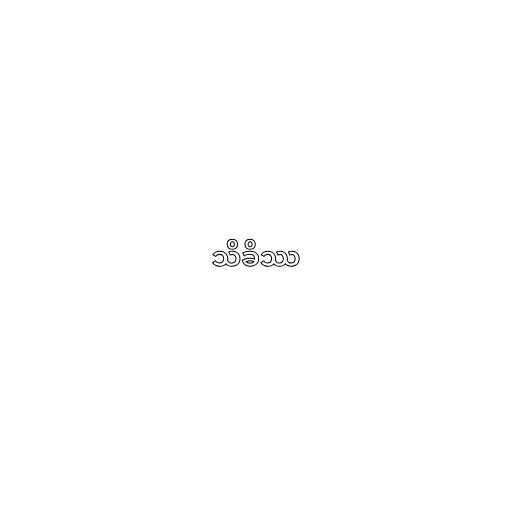
သိခိဿ